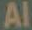
Al